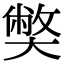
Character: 𡚁